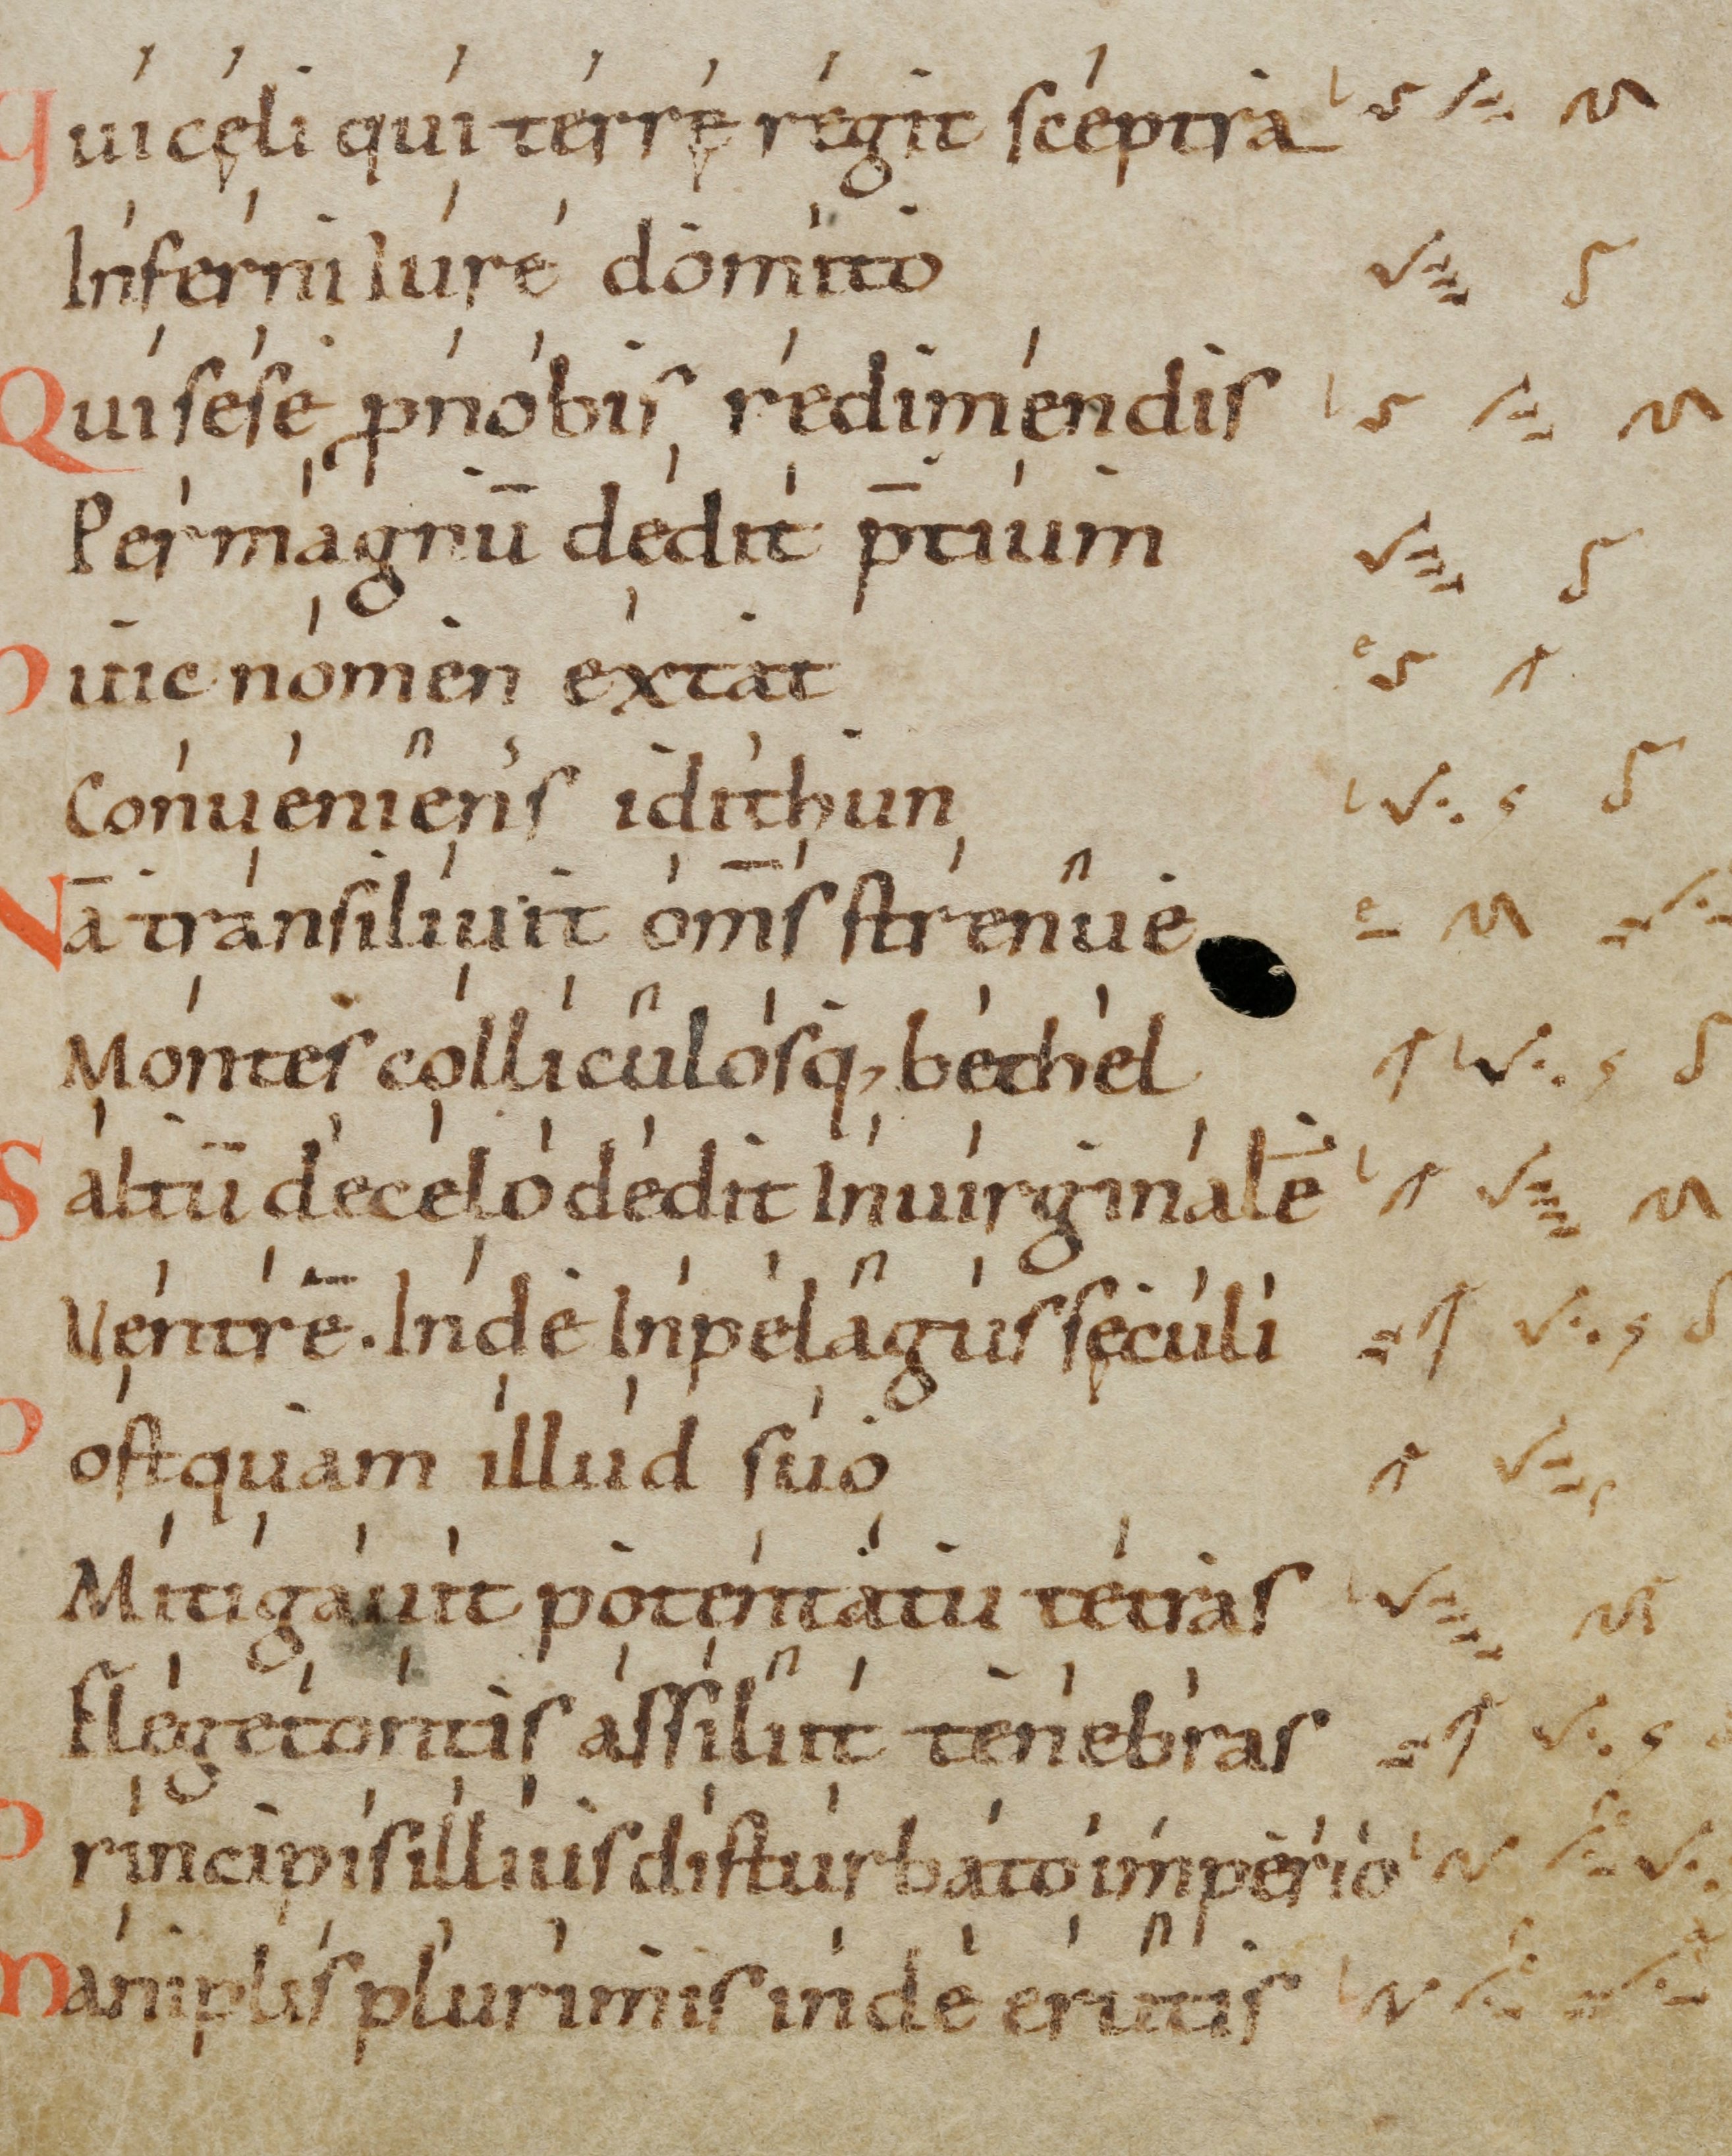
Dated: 1000–1099